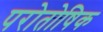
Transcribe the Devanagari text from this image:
परोतोषिक